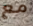
مع